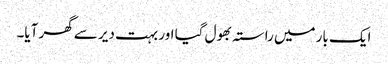
ایک بار میں راستہ بھول گیا اور بہت دیر سے گھر آیا۔